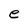
Character: e